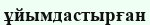
ұйымдастырған